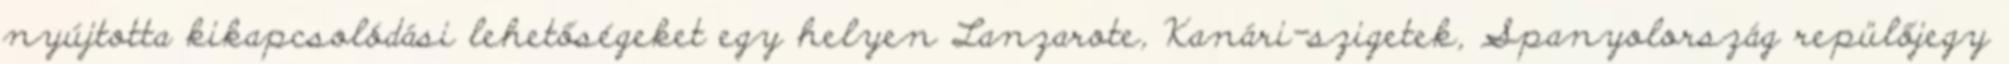
nyújtotta kikapcsolódási lehetőségeket egy helyen Lanzarote, Kanári-szigetek, Spanyolország repülőjegy